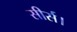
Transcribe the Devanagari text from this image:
सीर्स।